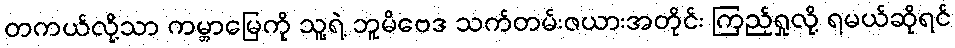
တကယ်လို့သာ ကမ္ဘာမြေကို သူ့ရဲ့ ဘူမိဗေဒ သက်တမ်းဇယားအတိုင်း ကြည့်ရှုလို့ ရမယ်ဆိုရင်